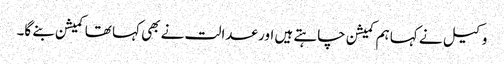
وکیل نے کہا ہم کمیشن چاہتے ہیں اور عدالت نے بھی کہا تھا کمیشن بنے گا۔